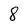
Character: 8